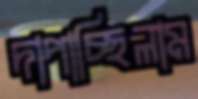
দাপাচ্ছিলাম